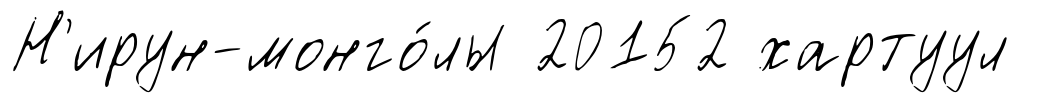
Н'ирун-монго́лы 20152 хартуул